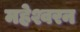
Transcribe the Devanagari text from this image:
महेश्वरन